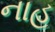
નાહ